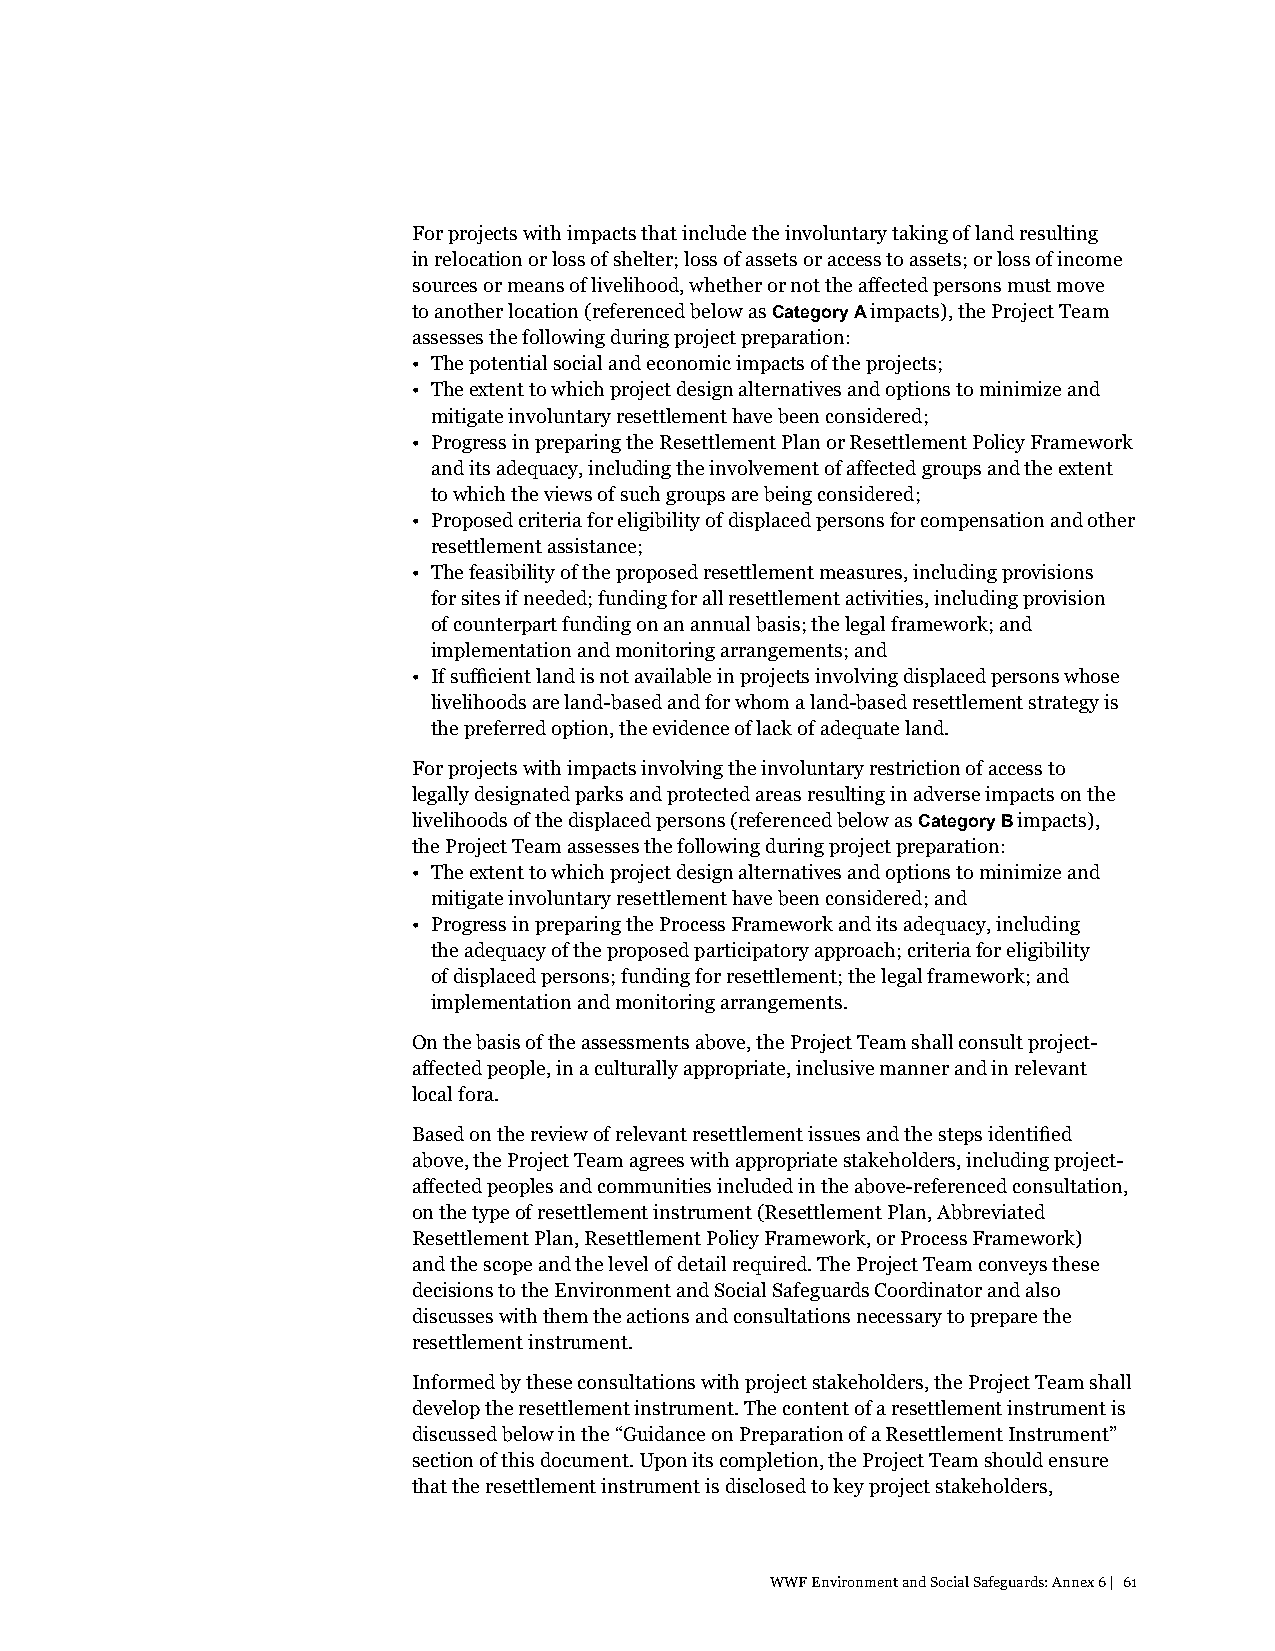
For projects with impacts that include the involuntary taking of land resulting
 in relocation or loss of shelter; loss of assets or access to assets; or loss of income
 sources or means of livelihood, whether or not the affected persons must move
 to another location (referenced below as Category A impacts), the Project Team
 assesses the following during project preparation:
 • The potential social and economic impacts of the projects;
 • The extent to which project design alternatives and options to minimize and
 mitigate involuntary resettlement have been considered;
 • Progress in preparing the Resettlement Plan or Resettlement Policy Framework
 and its adequacy, including the involvement of affected groups and the extent
 to which the views of such groups are being considered;
 • Proposed criteria for eligibility of displaced persons for compensation and other
 resettlement assistance;
 • The feasibility of the proposed resettlement measures, including provisions
 for sites if needed; funding for all resettlement activities, including provision
 of counterpart funding on an annual basis; the legal framework; and
 implementation and monitoring arrangements; and
 • If sufficient land is not available in projects involving displaced persons whose
 livelihoods are land-based and for whom a land-based resettlement strategy is
 the preferred option, the evidence of lack of adequate land.
 For projects with impacts involving the involuntary restriction of access to
 legally designated parks and protected areas resulting in adverse impacts on the
 livelihoods of the displaced persons (referenced below as Category B impacts),
 the Project Team assesses the following during project preparation:
 • The extent to which project design alternatives and options to minimize and
 mitigate involuntary resettlement have been considered; and
 • Progress in preparing the Process Framework and its adequacy, including
 the adequacy of the proposed participatory approach; criteria for eligibility
 of displaced persons; funding for resettlement; the legal framework; and
 implementation and monitoring arrangements.
 On the basis of the assessments above, the Project Team shall consult project-
 affected people, in a culturally appropriate, inclusive manner and in relevant
 local fora.
 Based on the review of relevant resettlement issues and the steps identified
 above, the Project Team agrees with appropriate stakeholders, including project-
 affected peoples and communities included in the above-referenced consultation,
 on the type of resettlement instrument (Resettlement Plan, Abbreviated
 Resettlement Plan, Resettlement Policy Framework, or Process Framework)
 and the scope and the level of detail required. The Project Team conveys these
 decisions to the Environment and Social Safeguards Coordinator and also
 discusses with them the actions and consultations necessary to prepare the
 resettlement instrument.
 Informed by these consultations with project stakeholders, the Project Team shall
 develop the resettlement instrument. The content of a resettlement instrument is
 discussed below in the “Guidance on Preparation of a Resettlement Instrument”
 section of this document. Upon its completion, the Project Team should ensure
 that the resettlement instrument is disclosed to key project stakeholders,
 WWF Environment and Social Safeguards: Annex 6 | 61